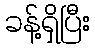
ခန့်ရှိပြီး